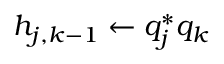
h _ { j , k - 1 } \leftarrow q _ { j } ^ { * } q _ { k }